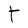
Character: t